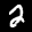
Label: 2